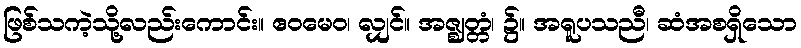
ဖြစ်သကဲ့သို့လည်းကောင်း။ ဧဝမေဝ၊ လျှင်။ အဇ္ဈတ္တံ၊ ၌။ အရူပသညီ၊ ဆံအစရှိသော